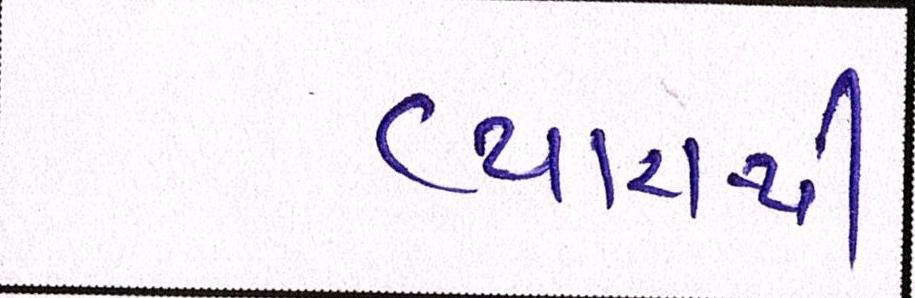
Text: વ્યારાથી